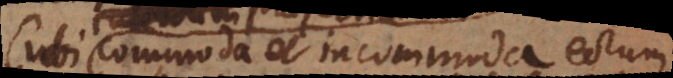
ubi commoda et incommoda eorum